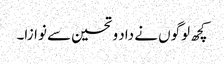
کچھ لوگوں نے داد و تحسین سے نوازا۔